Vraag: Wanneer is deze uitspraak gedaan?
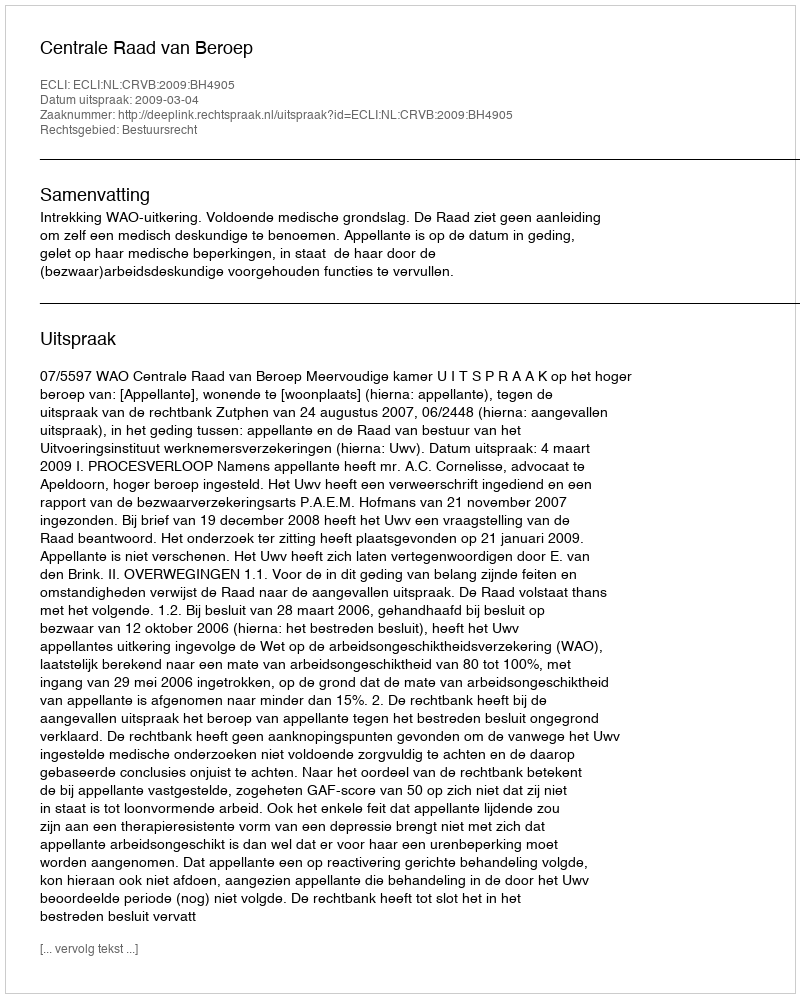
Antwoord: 2009-03-04